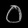
Digit: ၀